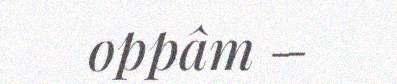
oppâm –